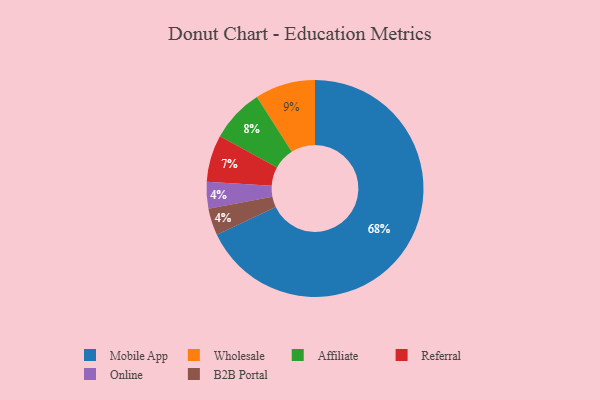
{"axis": {"x": "Category", "y": "Percentage"}, "legend": ["Affiliate", "B2B Portal", "Mobile App", "Online", "Referral", "Wholesale"], "data": [{"x": "Affiliate", "y": 8, "type": "Affiliate"}, {"x": "Wholesale", "y": 9, "type": "Wholesale"}, {"x": "Online", "y": 4, "type": "Online"}, {"x": "B2B Portal", "y": 4, "type": "B2B Portal"}, {"x": "Mobile App", "y": 68, "type": "Mobile App"}, {"x": "Referral", "y": 7, "type": "Referral"}]}